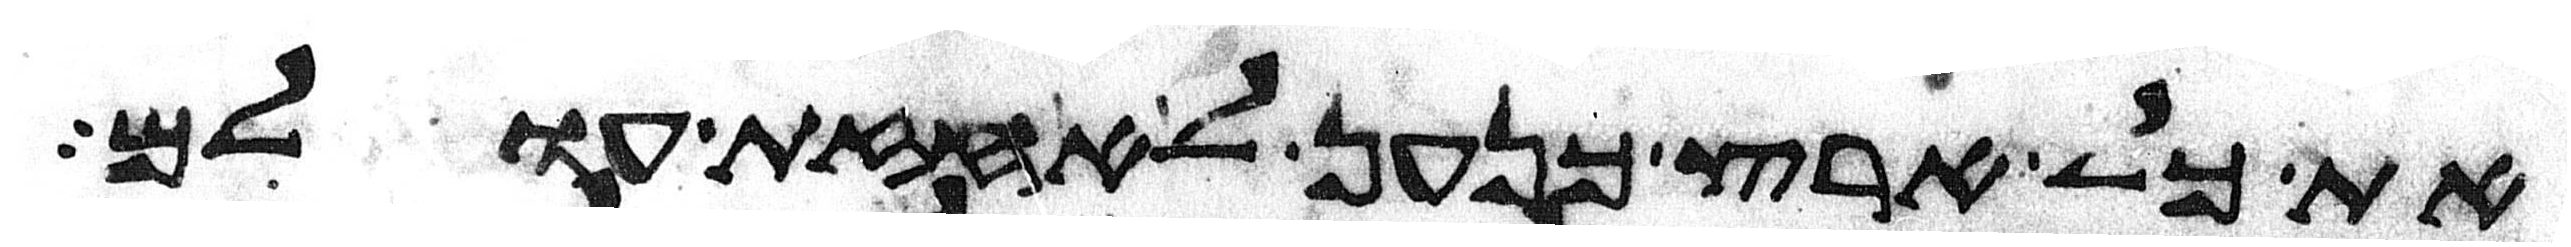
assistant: את כל ארץ כנען לאחזת עולם